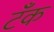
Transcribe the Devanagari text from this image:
टॅँक